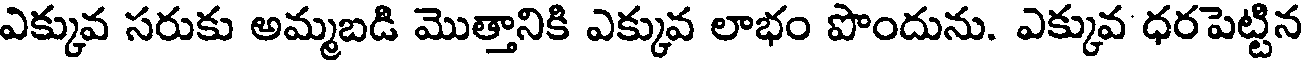
ఎక్కువ సరుకు అమ్మబడి మొత్తానికి ఎక్కువ లాభం పొందును. ఎక్కువ ధరపెట్టిన